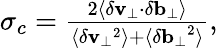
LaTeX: \begin{array}{r}{\sigma_{c}=\frac{2\langle\delta\mathbf{v_{\perp}}\cdot\delta\mathbf{b_{\perp}}\rangle}{\langle\delta\mathbf{v_{\perp}}^{2}\rangle+\langle\delta\mathbf{b_{\perp}}^{2}\rangle},}\end{array}